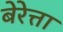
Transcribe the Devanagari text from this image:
बेरेत्ता